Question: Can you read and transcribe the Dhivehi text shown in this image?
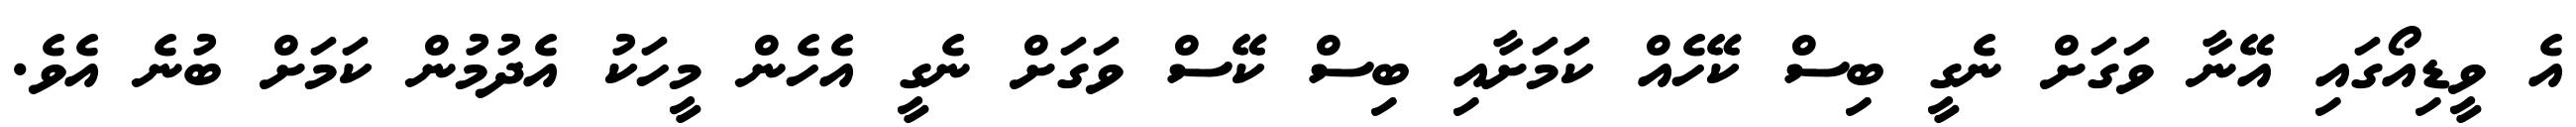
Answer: އެ ވީޑިއޯގައި އޭނާ ވަގަށް ނެގީ ބިސް ކޭހެއް ކަމަށާއި ބިސް ކޭސް ވަގަށް ނެގީ އެހެން މީހަކު އެދުމުން ކަމަށް ބުނެ އެވެ.